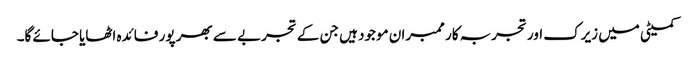
کمیٹی میں زیرک اور تجربہ کار ممبران موجود ہیں جن کے تجربے سے بھر پور فائدہ اٹھایا جائے گا۔